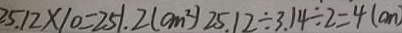
2 5 . 1 2 \times 1 0 = 2 5 1 . 2 ( c m ^ { 2 } ) 2 5 . 1 2 \div 3 . 1 4 \div 2 = 4 ( c m )